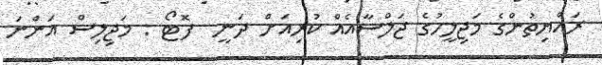
ރައްޔިތުންގެ މަޖިލީހުގެ ޖަލްސާއެއް ކުރިއަށް ދަނީ  ފޮޓޯ : މަޖިލިސް އަންނަ